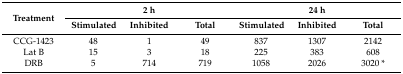
<table><thead><tr><td rowspan="2"><b>Treatment</b></td><td colspan="3"><b>2 h</b></td><td colspan="3"><b>24 h</b></td></tr><tr><td><b>Stimulated</b></td><td><b>Inhibited</b></td><td><b>Total</b></td><td><b>Stimulated</b></td><td><b>Inhibited</b></td><td><b>Total</b></td></tr></thead><tbody><tr><td>CCG-1423</td><td>48</td><td>1</td><td>49</td><td>837</td><td>1307</td><td>2142</td></tr><tr><td>Lat B</td><td>15</td><td>3</td><td>18</td><td>225</td><td>383</td><td>608</td></tr><tr><td>DRB</td><td>5</td><td>714</td><td>719</td><td>1058</td><td>2026</td><td>3020 *</td></tr></tbody></table>